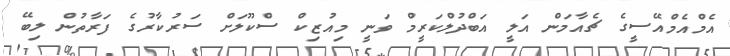
އެމްއެމްއޭސީގެ ޗެއާމަން އަލީ އަބްދުލްކަރީމް ވަނީ މިއުޒިކް ސްކޫލަށް ސަރުކާރުގެ ފަރާތުން ލިބޭ